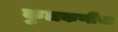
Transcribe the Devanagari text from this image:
कुलकर्णींचा